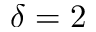
\delta = 2